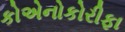
કોએનોકોરીફા